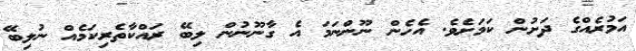
އަމުރެއްގެ ދަށުން ކަމަށެވެ. އެހެން ނޫންނަމަ އެ ގާނޫނުން ލިބޭ ރައްކާތެރިކަމެއް ނުލިބޭ